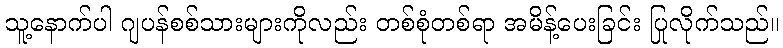
သူ့နောက်ပါ ဂျပန်စစ်သားများကိုလည်း တစ်စုံတစ်ရာ အမိန့်ပေးခြင်း ပြုလိုက်သည်။